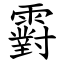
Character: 䨴